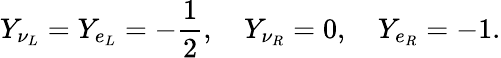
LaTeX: Y_{\nu_{L}}=Y_{e_{L}}=-\frac{1}{2},\quad Y_{\nu_{R}}=0,\quad Y_{e_{R}}=-1.